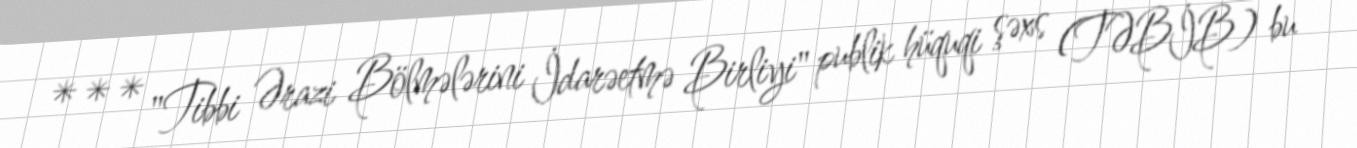
*** "Tibbi Ərazi Bölmələrini İdarəetmə Birliyi" publik hüquqi şəxs (TƏBİB) bu